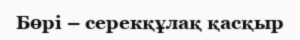
Бөрі – серекқұлақ қасқыр